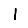
Digit: 1